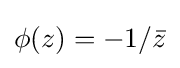
\phi (z)=-1/{\bar {z}}